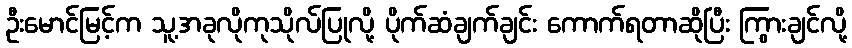
ဦးမောင်မြင့်က သူ့အခုလိုကုသိုလ်ပြုလို့ ပိုက်ဆံချက်ချင်း ကောက်ရတာဆိုပြီး ကြွားချင်လို့